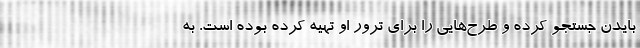
بایدن جستجو کرده و طرح‌هایی را برای ترور او تهیه کرده بوده است. به